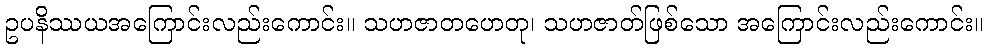
ဥပနိဿယအကြောင်းလည်းကောင်း။ သဟဇာတဟေတု၊ သဟဇာတ်ဖြစ်သော အကြောင်းလည်းကောင်း။